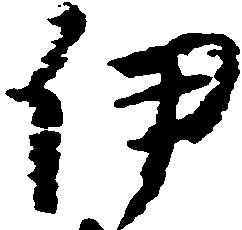
伊